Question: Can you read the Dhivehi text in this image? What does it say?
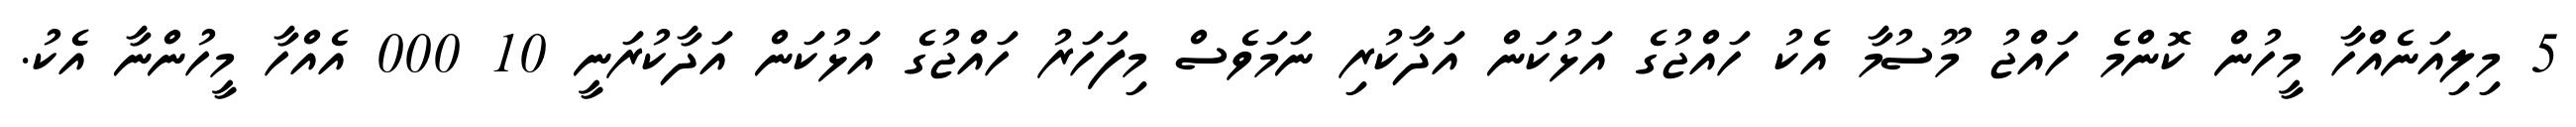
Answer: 5 މިލިއަނެއްހާ މީހުން ކޮންމެ ހައްޖު މޫސުމާ އެކު ހައްޖުގެ އަޅުކަން އަދާކުރި ނަމަވެސް މިފަހަރު ހައްޖުގެ އަޅުކަން އަދާކުރަނީ 10 000 އެއްހާ މީހުންނާ އެކު.